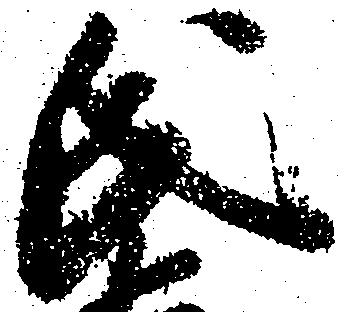
氏